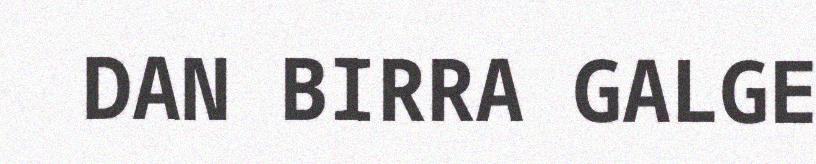
DAN BIRRA GALGE